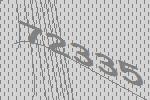
72335